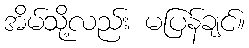
အိမ်သို့လည်း မပြန်ချင်။